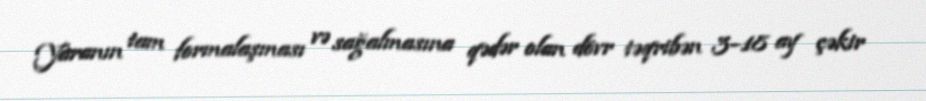
Yaranın tam formalaşması və sağalmasına qədər olan dövr təqribən 3–18 ay çəkir